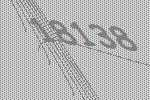
18138